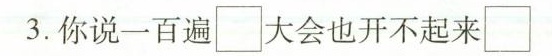
3.你说一百遍\Box 大会也开不起来\Box